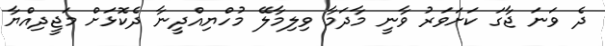
ދެ ވަނަ ޖާގަ ކަށަވަރު ވާނީ މާދަމާ ވިލިމާލޭ މުހްޔިއްދީނާ ދެކޮޅަށް މަޖީދިއްޔާ